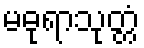
မဓုရာသုတ္တံ